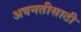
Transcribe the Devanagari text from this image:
अवनतीसाठी